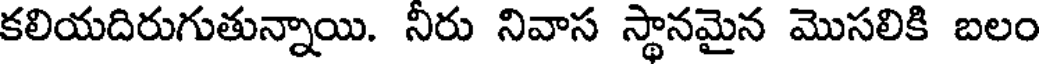
కలియదిరుగుతున్నాయి. నిరు నివాస స్థానమైన మొసలికి బలం